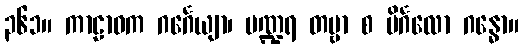
၃၆၁။ ကာဠာဝက ဂင်္ဂေယျာ၊ ပဏ္ဍရ တမ္ဗာ စ ပိင်္ဂလော ဂန္ဓော။